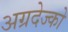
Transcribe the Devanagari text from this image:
अग्रदेज्को